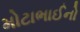
મોટાભાઈનો